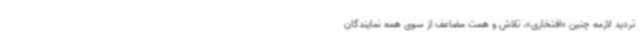
تردید لازمه چنین «افتخاری»، تلاش و همت مضاعف از سوی همه نمایندگان